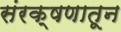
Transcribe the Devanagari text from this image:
संरक्षणातून